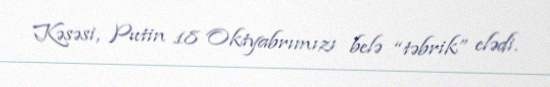
Kəsəsi, Putin 18 Oktyabrımızı belə “təbrik” elədi.